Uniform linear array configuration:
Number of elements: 64
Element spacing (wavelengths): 0.5
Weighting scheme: uniform
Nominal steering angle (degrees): -45
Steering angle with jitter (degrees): -45.604
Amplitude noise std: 0.05
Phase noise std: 0.05

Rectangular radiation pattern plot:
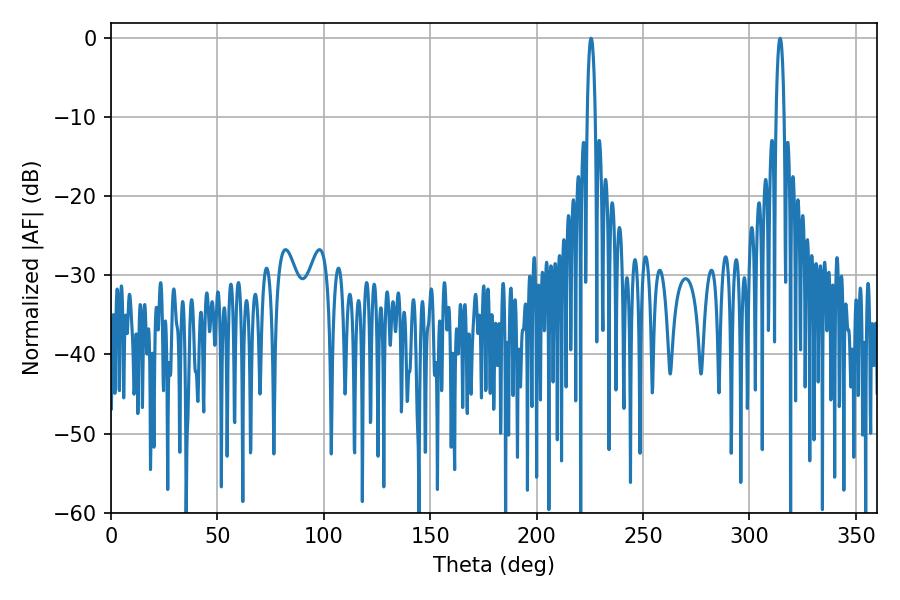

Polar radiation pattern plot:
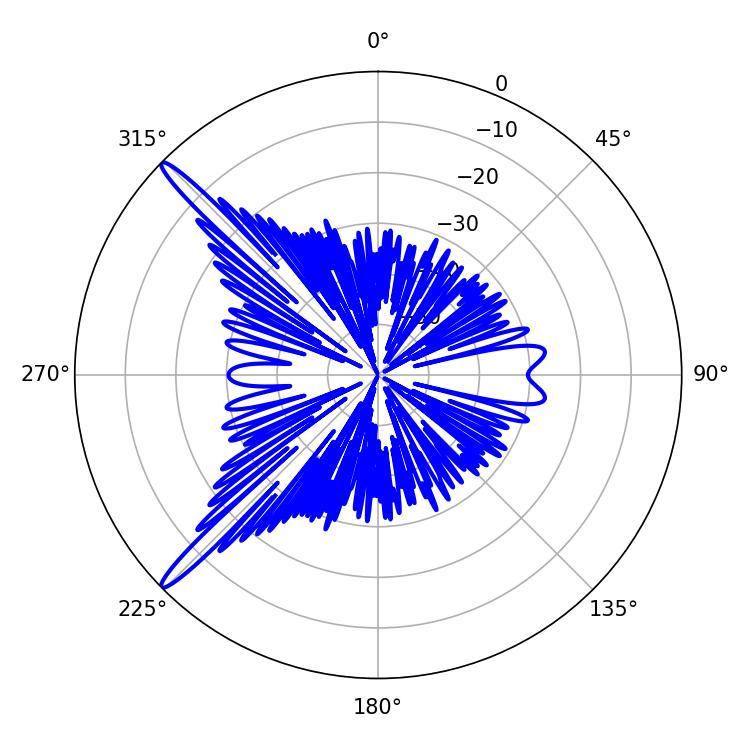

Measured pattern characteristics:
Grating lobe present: FALSE
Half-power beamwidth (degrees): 1.98
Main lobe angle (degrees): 225.54